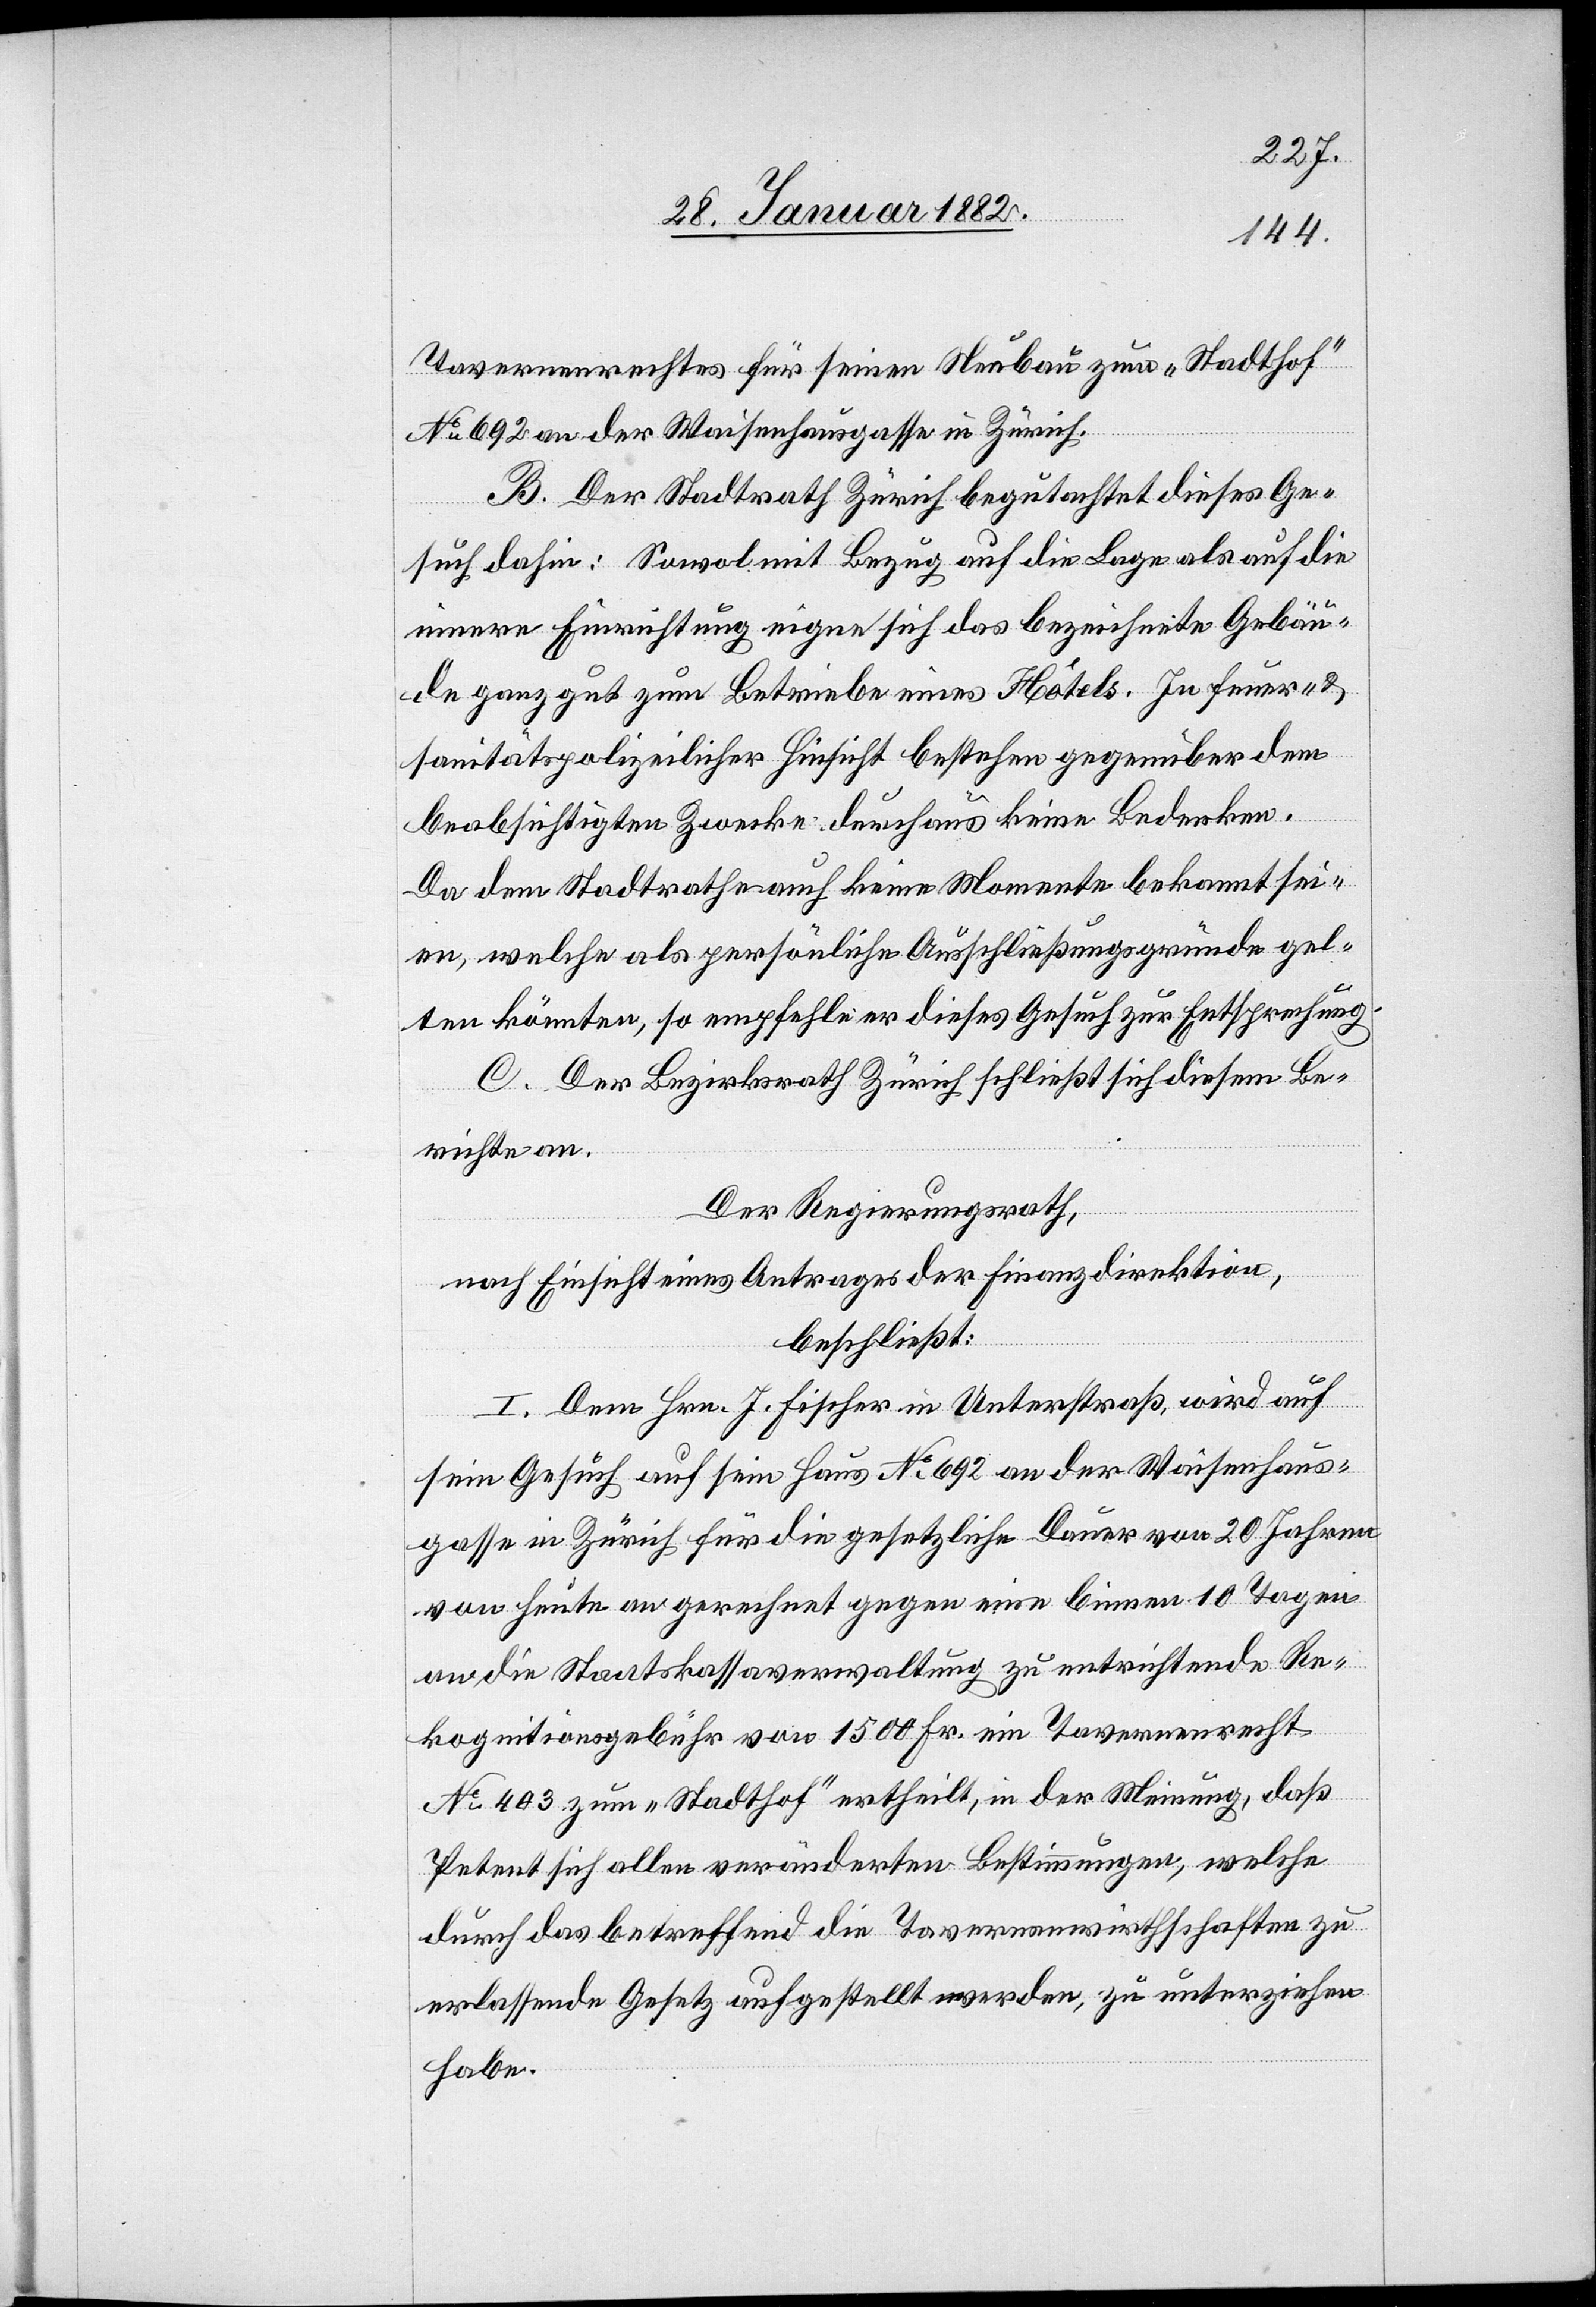
Tavernenrechtes für seinen Neubau zum „Stadthof“
No 692 an der Waisenhausgasse in Zürich.
B. Der Stadtrath Zürich begutachtet dieses Ge¬
such dahin: Sowol mit Bezug auf die Lage als auf die
innere Einrichtung eigne sich das bezeichnete Gebäu¬
de ganz gut zum Betriebe eines Hotels. In feuer- &
sanitätspolizeilicher Hinsicht bestehen gegenüber dem
beabsichtigten Zwecke durchaus keine Bedenken.
Da dem Stadtrathe auch keine Momente bekannt sei¬
en, welche als persönliche Ausschließungsgründe gel¬
ten könnten, so empfehle er dieses Gesuch zur Entsprechung.
C: Der Bezirksrath Zürich schließt sich diesen Be¬
richte an.
Der Regierungsrath,
nach Einsicht eines Antrages der Finanzdirektion,
beschließt:
I. Dem Hrn. J. Fischer in Unterstraß, wird auf
sein Gesuch auf sein Haus No 692 an der Waisenhaus¬
gasse in Zürich für die gesetzliche Dauer von 20 Jahren
von heute an gerechnet gegen eine binnen 10 Tagen
an die Staatskassaverwaltung zu entrichtende Re¬
kognitionsgebühr von 1500 Fr. ein Tavernenrecht
No 403 zum „Stadthof“ ertheilt, in der Meinung, daß
Petent sich allen veränderten Bestimmungen, welche
durch das betreffend die Tavernenwirthschaften zu
erlassende Gesetz aufgestellt werden, zu unterzeichnen
habe.